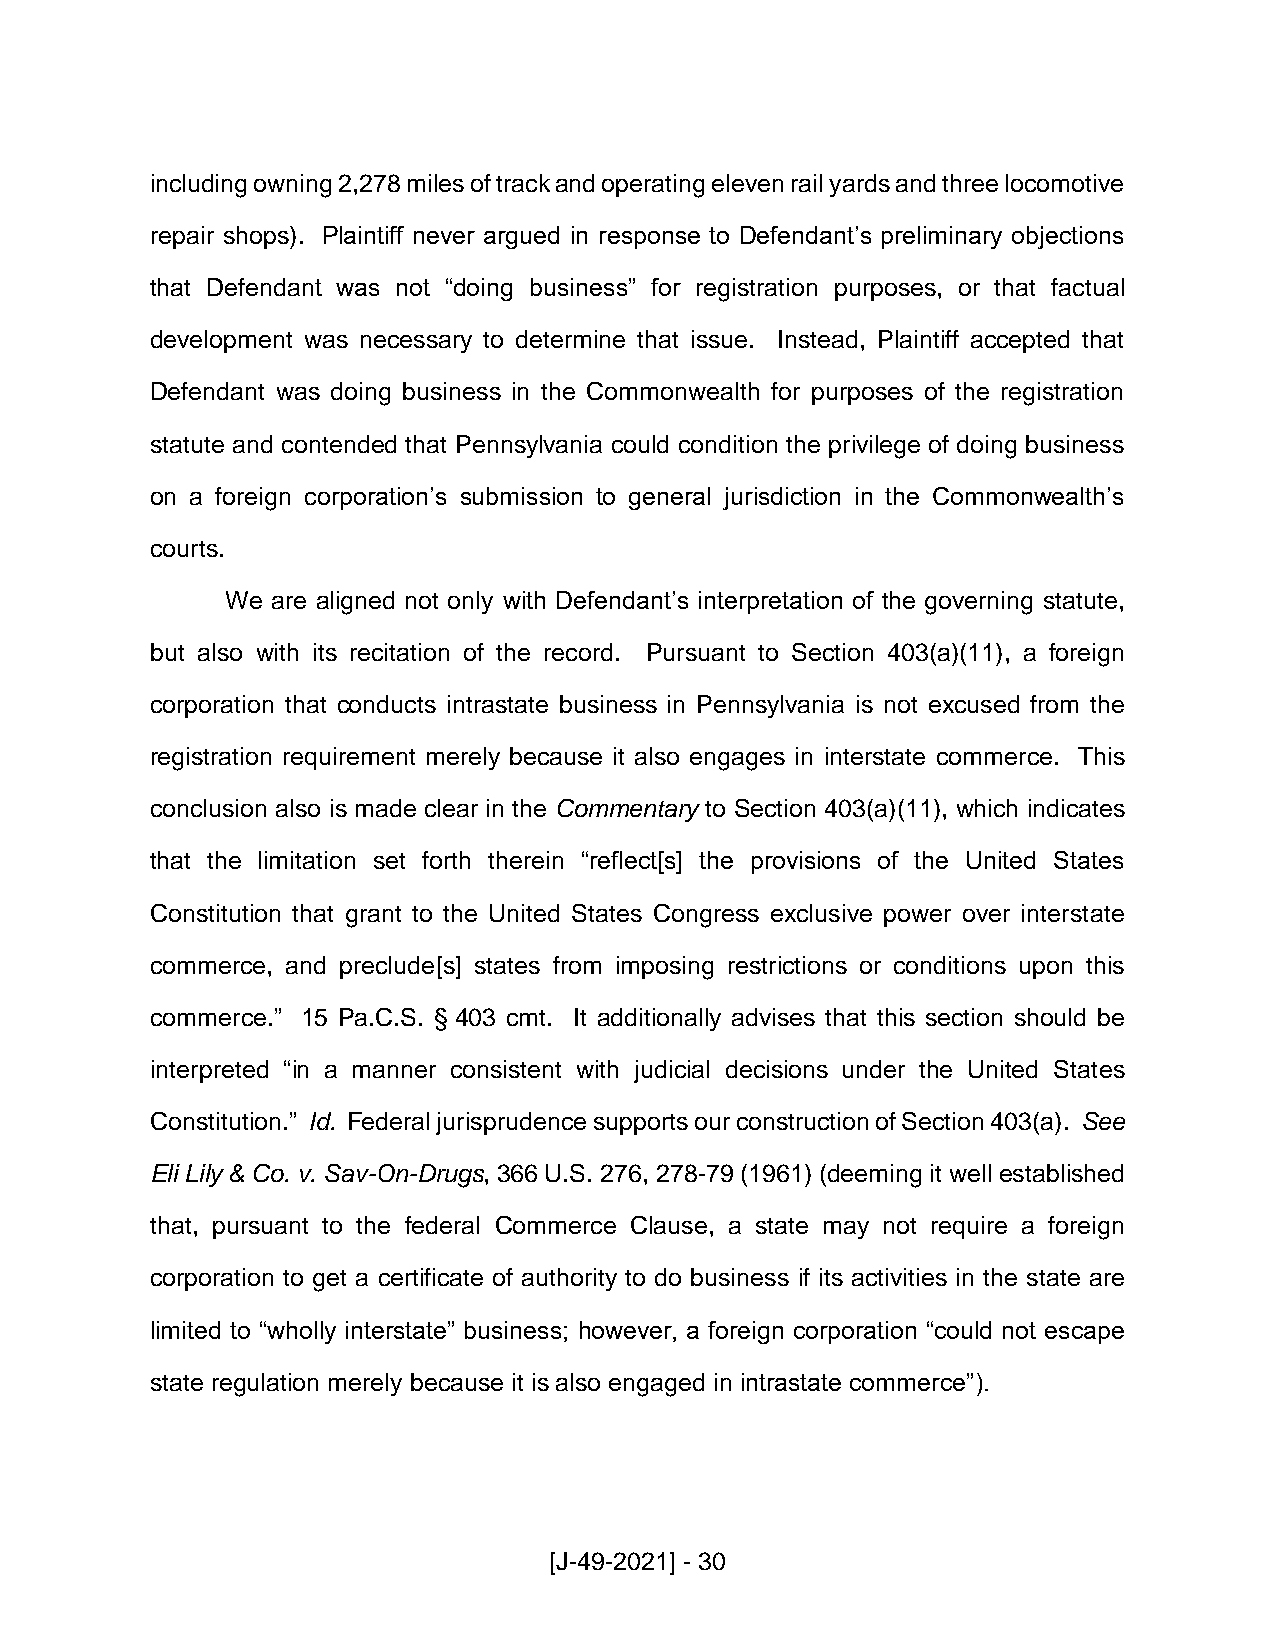
including owning 2,278 miles of track and operating eleven rail yards and three locomotive
 repair shops). Plaintiff never argued in response to Defendant’s preliminary objections
 that Defendant was not “doing business” for registration purposes, or that factual
 development was necessary to determine that issue. Instead, Plaintiff accepted that
 Defendant was doing business in the Commonwealth for purposes of the registration
 statute and contended that Pennsylvania could condition the privilege of doing business
 on a foreign corporation’s submission to general jurisdiction in the Commonwealth’s
 courts.
 We are aligned not only with Defendant’s interpretation of the governing statute,
 but also with its recitation of the record. Pursuant to Section 403(a)(11), a foreign
 corporation that conducts intrastate business in Pennsylvania is not excused from the
 registration requirement merely because it also engages in interstate commerce. This
 conclusion also is made clear in the Commentary to Section 403(a)(11), which indicates
 that the limitation set forth therein “reflect[s] the provisions of the United States
 Constitution that grant to the United States Congress exclusive power over interstate
 commerce, and preclude[s] states from imposing restrictions or conditions upon this
 commerce.” 15 Pa.C.S. § 403 cmt. It additionally advises that this section should be
 interpreted “in a manner consistent with judicial decisions under the United States
 Constitution.” Id. Federal jurisprudence supports our construction of Section 403(a). See
 Eli Lily & Co. v. Sav-On-Drugs, 366 U.S. 276, 278-79 (1961) (deeming it well established
 that, pursuant to the federal Commerce Clause, a state may not require a foreign
 corporation to get a certificate of authority to do business if its activities in the state are
 limited to “wholly interstate” business; however, a foreign corporation “could not escape
 state regulation merely because it is also engaged in intrastate commerce”).
 [J-49-2021] - 30